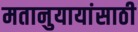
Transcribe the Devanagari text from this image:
मतानुयायांसाठी